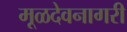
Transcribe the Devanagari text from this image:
मूळदेवनागरी